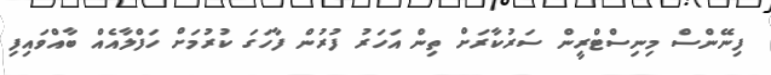
ފިނޭންސް މިނިސްޓްރީން ސަރުކާރަށް ތިން އަހަރު ފުރުން ފާހަގަ ކުރުމަށް ހަފްލާއެއް ބާއްވައިފި